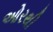
ઓરથી